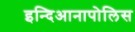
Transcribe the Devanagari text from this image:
इन्दिआनापोलिस